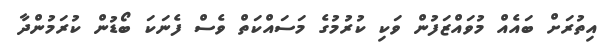
އިތުރަށް ބައެއް މުވައްޒަފުން ވަކި ކުރުމުގެ މަސައްކަތް ވެސް ފެނަކަ ބޯޑުން ކުރަމުންދާ